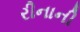
રીનાની